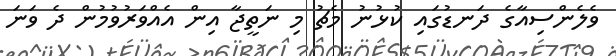
ވެލެންސިއާގެ ދަނޑުގައި ކުޅުނު މެޗު މި ނަތީޖާ އިން އެއްވަރުވުމުން ދެ ވަނަ